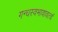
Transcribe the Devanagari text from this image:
गन्धस्वभावावत्वं